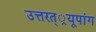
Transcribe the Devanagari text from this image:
उत्तरत््रयूपांग